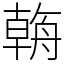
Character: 𦩻